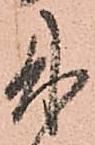
来